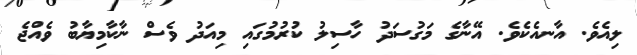
ލިއެވެ. އާނއެކެވެ. އޭނާގެ މަގުސަދު ހާސިލު ކުރުމުގައި މިއަދު ވެސް ނާކާމިޔާބު ވެއްޖެ